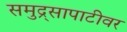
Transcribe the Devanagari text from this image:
समुद्र्सापाटीवर